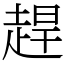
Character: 趕